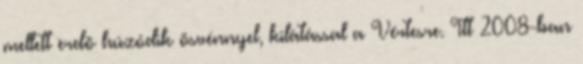
mellett erdõ húzódik ösvénnyel, kilátással a Vértesre. Itt 2008-ban